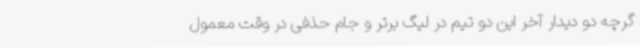
گرچه دو دیدار آخر این دو تیم در لیگ‌ برتر و جام حذفی در وقت معمول